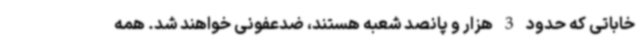
خاباتی که حدود 3 هزار و پانصد شعبه هستند، ضدعفونی خواهند شد. همه